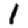
Digit: 1